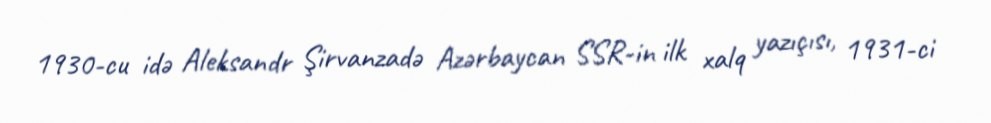
1930-cu idə Aleksandr Şirvanzadə Azərbaycan SSR-in ilk xalq yazıçısı, 1931-ci